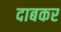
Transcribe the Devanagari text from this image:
दाबकर